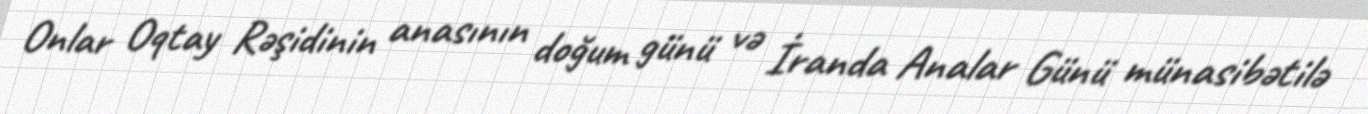
Onlar Oqtay Rəşidinin anasının doğum günü və İranda Analar Günü münasibətilə